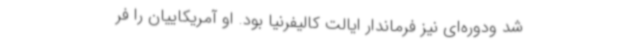
شد ودوره‌ای نیز فرماندار ایالت کالیفرنیا بود. او آمریکاییان را فر